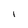
Character: I